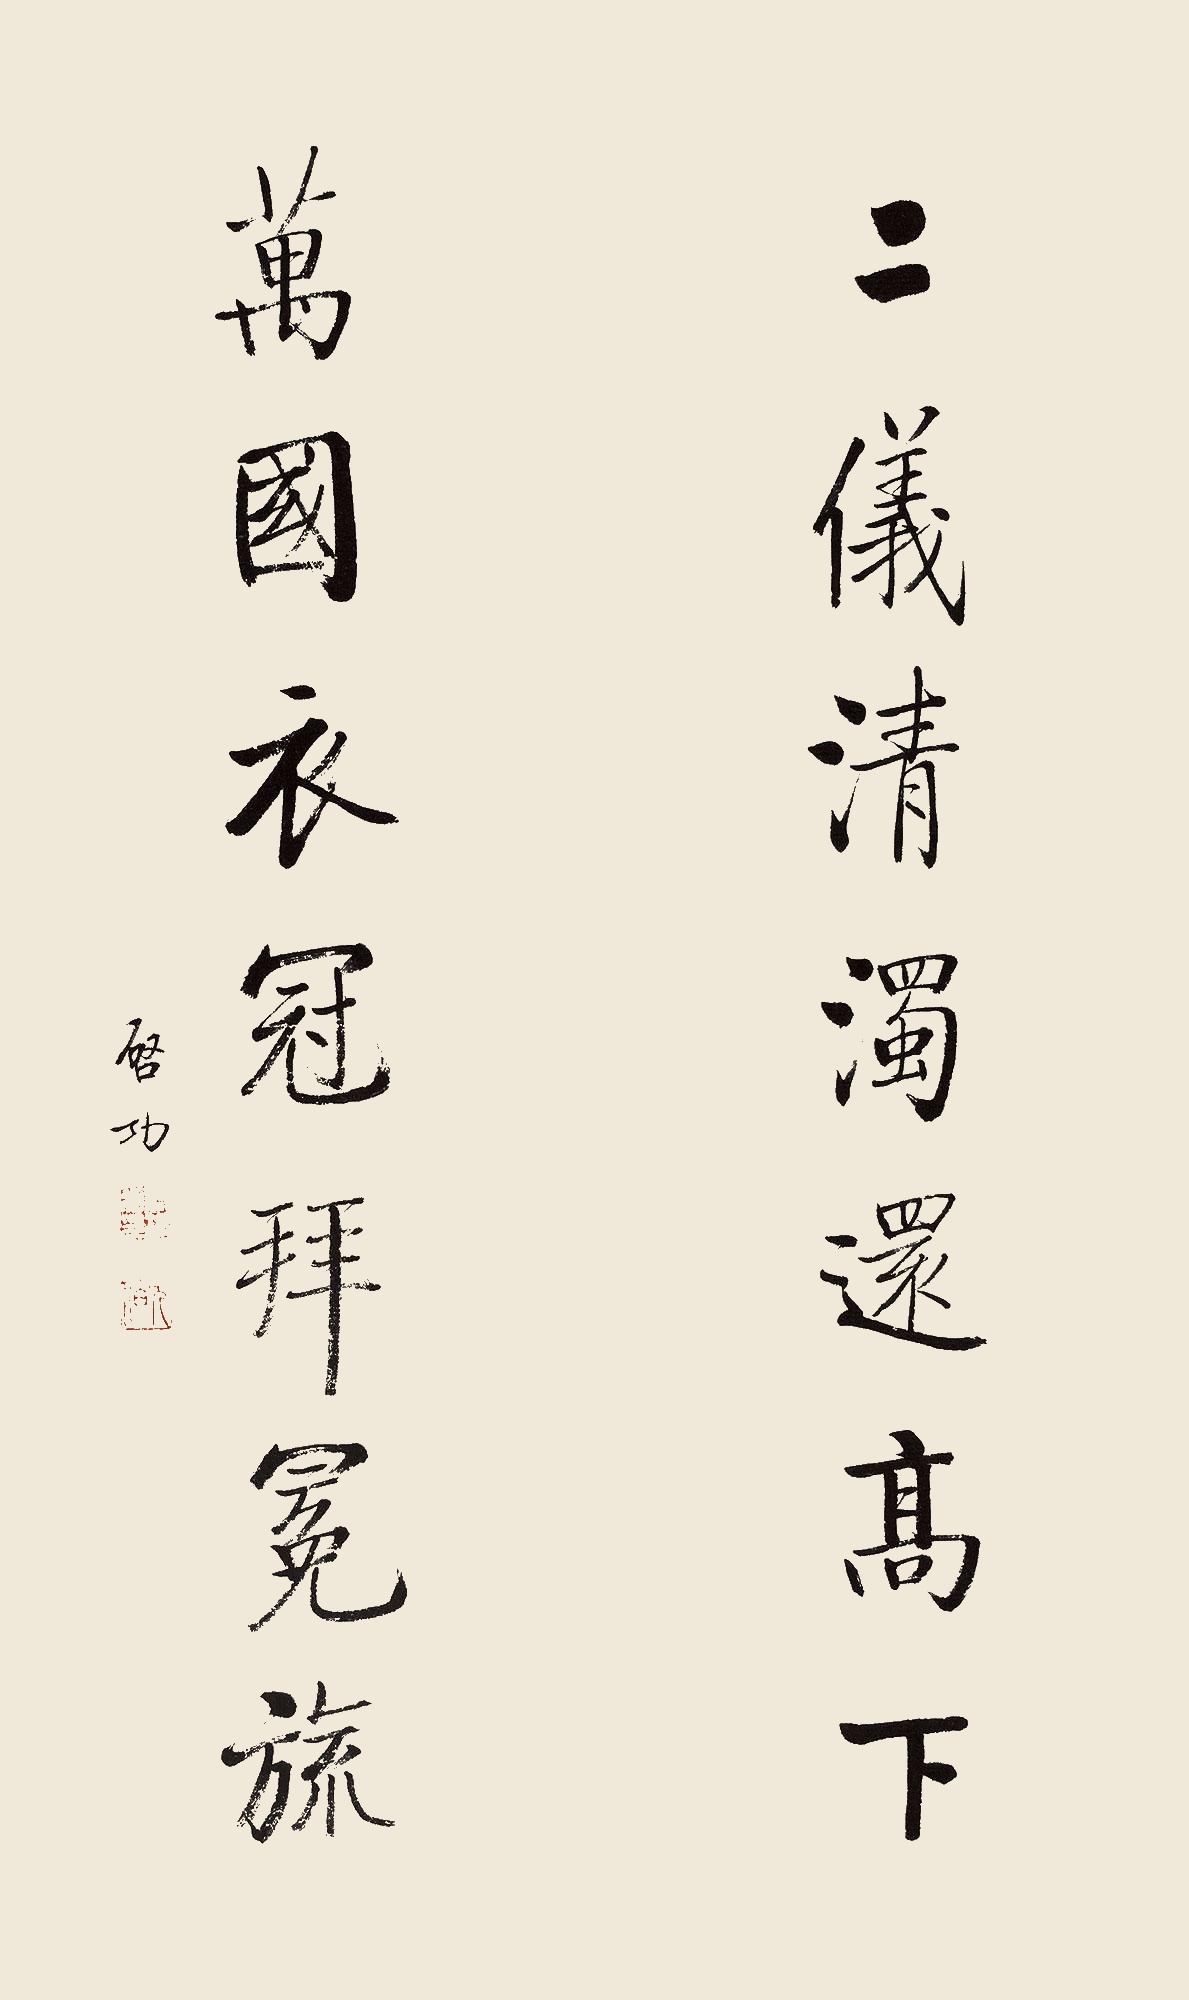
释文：二仪清浊还高下，万国衣冠拜冕旒。启功。